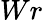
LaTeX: Wr